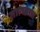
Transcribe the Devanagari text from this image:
ताणतात